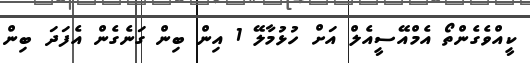
ކީއްވެގެންތޯ އެމްއޭސީއެލް އަށް ހުުޅުމާލޭ 1 އިން ބިން ގަނެގެން އެފަދަ ބިން